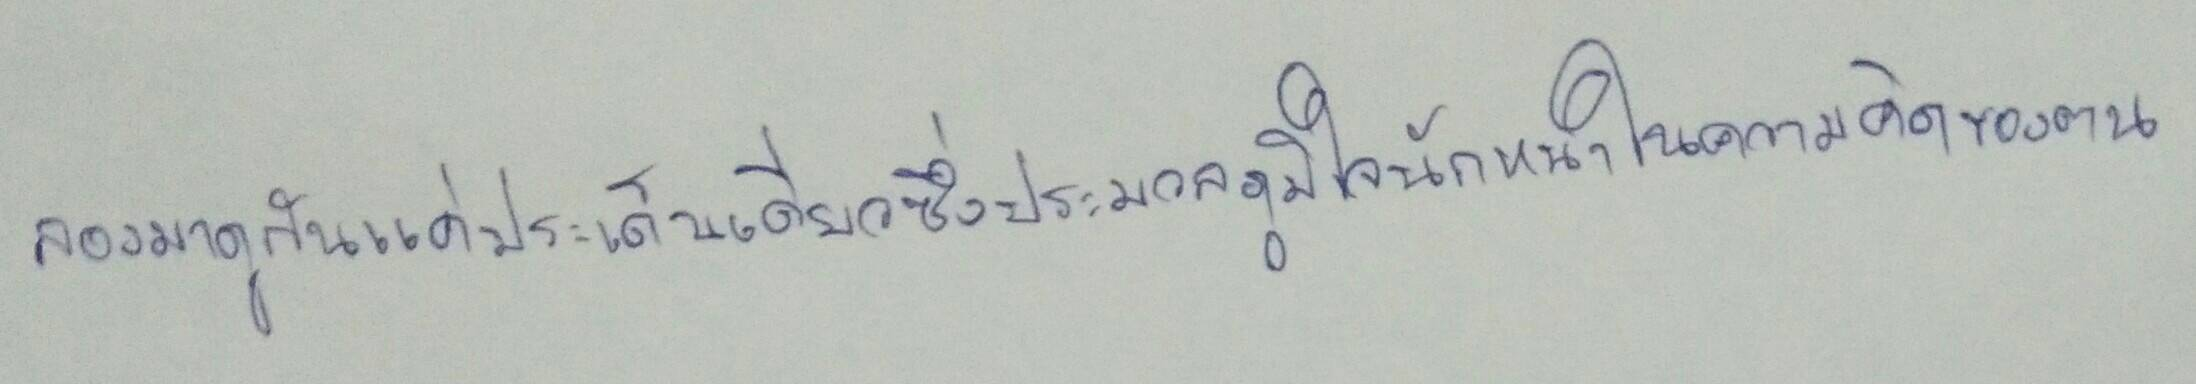
ลองมาดูกันแค่ประเด็นเดียวซึ่งประมวลภูมิใจนักหนาในความคิดของตน